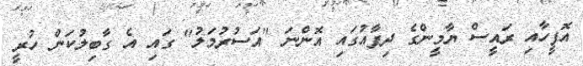
އޮފީހާއި ރައީސް ޔާމީންގެ ދިފާއުގައި އޮންނަ "އަސުރުމަލު" ގައި އެ ގާބިލުކަން ހުރީ